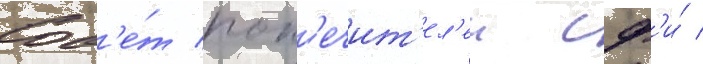
Сов'е́т поп'ечит'ел'еи сф'и́ /